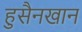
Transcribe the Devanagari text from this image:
हुसैनखान